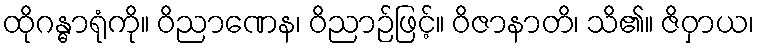
ထိုဂန္ဓာရုံကို။ ဝိညာဏေန၊ ဝိညာဉ်ဖြင့်။ ဝိဇာနာတိ၊ သိ၏။ ဇိဝှာယ၊